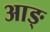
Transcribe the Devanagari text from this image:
आङ्‌